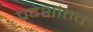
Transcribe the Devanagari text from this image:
प्रदेशांतच